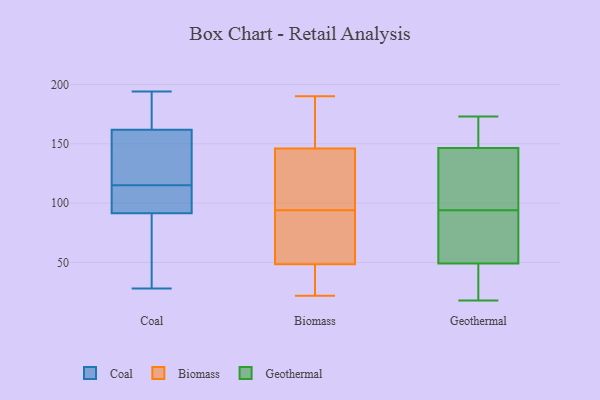
{"axis": {"x": "Tickets Resolved", "y": "Value"}, "legend": ["Biomass", "Coal", "Geothermal"], "data": [{"x": "", "y": 194, "type": "Coal"}, {"x": "", "y": 161, "type": "Coal"}, {"x": "", "y": 154, "type": "Coal"}, {"x": "", "y": 167, "type": "Coal"}, {"x": "", "y": 162, "type": "Coal"}, {"x": "", "y": 93, "type": "Coal"}, {"x": "", "y": 106, "type": "Coal"}, {"x": "", "y": 115, "type": "Coal"}, {"x": "", "y": 180, "type": "Coal"}, {"x": "", "y": 127, "type": "Coal"}, {"x": "", "y": 28, "type": "Coal"}, {"x": "", "y": 91, "type": "Coal"}, {"x": "", "y": 115, "type": "Coal"}, {"x": "", "y": 52, "type": "Coal"}, {"x": "", "y": 45, "type": "Coal"}, {"x": "", "y": 190, "type": "Biomass"}, {"x": "", "y": 157, "type": "Biomass"}, {"x": "", "y": 46, "type": "Biomass"}, {"x": "", "y": 115, "type": "Biomass"}, {"x": "", "y": 51, "type": "Biomass"}, {"x": "", "y": 146, "type": "Biomass"}, {"x": "", "y": 22, "type": "Biomass"}, {"x": "", "y": 25, "type": "Biomass"}, {"x": "", "y": 146, "type": "Biomass"}, {"x": "", "y": 90, "type": "Biomass"}, {"x": "", "y": 98, "type": "Biomass"}, {"x": "", "y": 70, "type": "Biomass"}, {"x": "", "y": 18, "type": "Geothermal"}, {"x": "", "y": 52, "type": "Geothermal"}, {"x": "", "y": 97, "type": "Geothermal"}, {"x": "", "y": 92, "type": "Geothermal"}, {"x": "", "y": 157, "type": "Geothermal"}, {"x": "", "y": 159, "type": "Geothermal"}, {"x": "", "y": 96, "type": "Geothermal"}, {"x": "", "y": 150, "type": "Geothermal"}, {"x": "", "y": 46, "type": "Geothermal"}, {"x": "", "y": 56, "type": "Geothermal"}, {"x": "", "y": 90, "type": "Geothermal"}, {"x": "", "y": 173, "type": "Geothermal"}, {"x": "", "y": 111, "type": "Geothermal"}, {"x": "", "y": 120, "type": "Geothermal"}, {"x": "", "y": 155, "type": "Geothermal"}, {"x": "", "y": 143, "type": "Geothermal"}, {"x": "", "y": 36, "type": "Geothermal"}, {"x": "", "y": 78, "type": "Geothermal"}, {"x": "", "y": 33, "type": "Geothermal"}, {"x": "", "y": 26, "type": "Geothermal"}]}